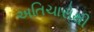
અતિચારોથી